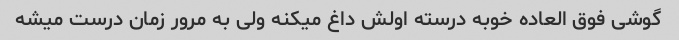
گوشی فوق العاده خوبه درسته اولش داغ میکنه ولی به مرور زمان درست میشه